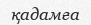
қадамға